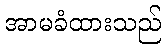
အာမခံထားသည်